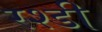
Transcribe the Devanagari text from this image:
रश्डी